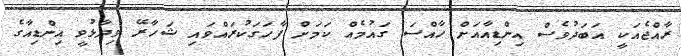
ރާއްޖެއަކީ އަބަދުވެސް އިންޑިއާއަށް ހާއްސަ ގައުމެއް ކަމަށް ފާހަގަކުރައްވައި ޝަހާރޭ ވިދާޅުވީ އިންޑިއާގެ